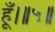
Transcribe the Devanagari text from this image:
हूँ।॥५॥